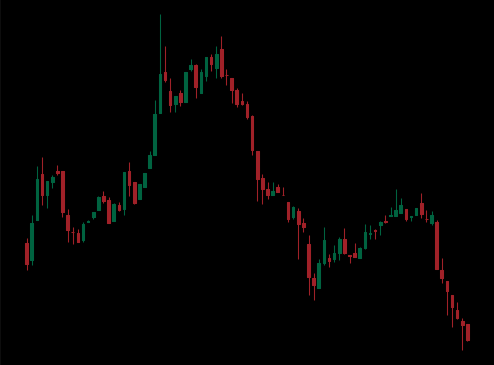
Pattern: head_shoulders